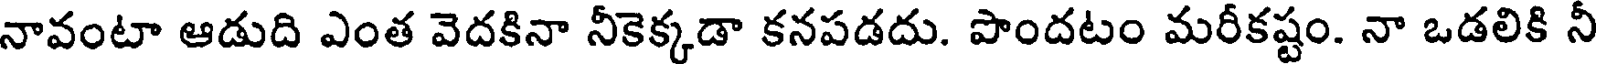
నావంటా ఆడుది ఎంత వెదకినా నీకెక్కడా కనపడదు. పొందటం మరీకష్టం. నా ఒడలికి నీ